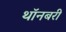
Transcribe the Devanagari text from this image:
थॉनबरी